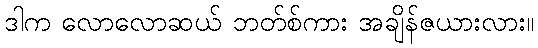
ဒါက လောလောဆယ် ဘတ်စ်ကား အချိန်ဇယားလား။